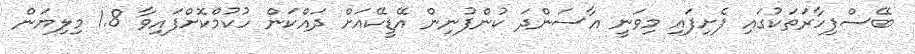
ބޭސްފިހާރަތަކުގައި ފެށިފައި މިވަނީ އާސަންދަ ކުންފުނިން އޭޑީކޭއަށް ދައްކަން ހުކުމްކޮށްފައިވާ 1.8 މިލިޔަން